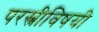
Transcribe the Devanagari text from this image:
परस्त्रीविषयी